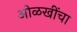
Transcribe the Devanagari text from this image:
ओळखींचा